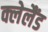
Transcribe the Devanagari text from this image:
क्लेलैंड